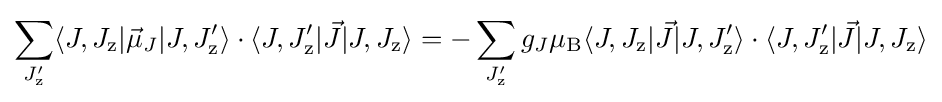
\sum _{J'_{\text{z}}}\langle J,J_{\text{z}}|{\vec {\mu }}_{J}|J,J'_{\text{z}}\rangle \cdot \langle J,J'_{\text{z}}|{\vec {J}}|J,J_{\text{z}}\rangle =-\sum _{J'_{\text{z}}}g_{J}\mu _{\rm {B}}\langle J,J_{\text{z}}|{\vec {J}}|J,J'_{\text{z}}\rangle \cdot \langle J,J'_{\text{z}}|{\vec {J}}|J,J_{\text{z}}\rangle